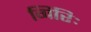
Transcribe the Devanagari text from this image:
गिरिः